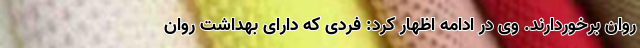
روان برخوردارند. وی در ادامه اظهار کرد: فردی که دارای بهداشت روان